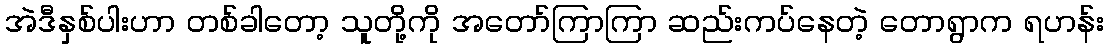
အဲဒီနှစ်ပါးဟာ တစ်ခါတော့ သူတို့ကို အတော်ကြာကြာ ဆည်းကပ်နေတဲ့ တောရွာက ရဟန်း